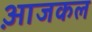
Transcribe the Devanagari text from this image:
आ़जकल